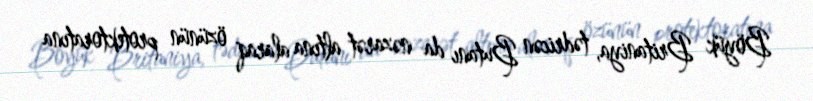
Böyük Britaniya, tədricən Butanı da nəzarət altına alaraq özünün protektoratına